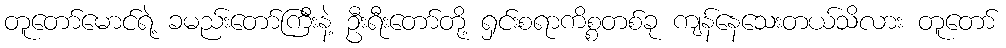
တူတော်မောင်ရဲ့ ခမည်းတော်ကြီးနဲ့ ဦးရီးတော်တို့ ရှင်းစရာကိစ္စတစ်ခု ကျန်နေသေးတယ်သိလား တူတော်